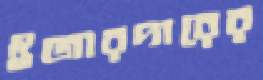
ইজারদারের